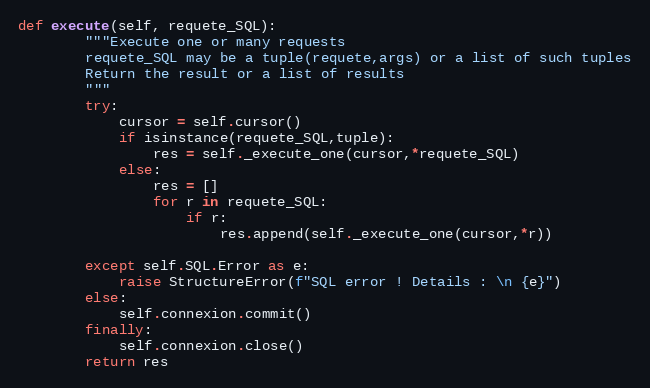
Language: Python
def execute(self, requete_SQL):
        """Execute one or many requests
        requete_SQL may be a tuple(requete,args) or a list of such tuples
        Return the result or a list of results
        """
        try:
            cursor = self.cursor()
            if isinstance(requete_SQL,tuple):
                res = self._execute_one(cursor,*requete_SQL)
            else:
                res = []
                for r in requete_SQL:
                    if r:
                        res.append(self._execute_one(cursor,*r))

        except self.SQL.Error as e:
            raise StructureError(f"SQL error ! Details : \n {e}")
        else:
            self.connexion.commit()
        finally:
            self.connexion.close()
        return res